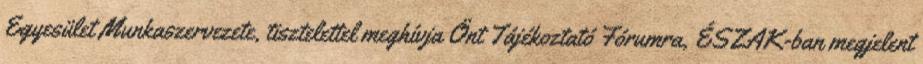
Egyesület Munkaszervezete, tisztelettel meghívja Önt Tájékoztató Fórumra, ÉSZAK-ban megjelent